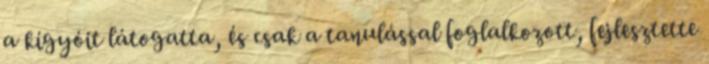
a kígyóit látogatta, és csak a tanulással foglalkozott, fejlesztette